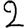
Digit: 2